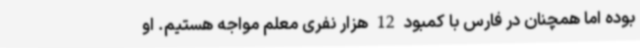
بوده اما همچنان در فارس با کمبود 12 هزار نفری معلم مواجه هستیم. او